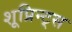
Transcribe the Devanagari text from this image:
शूप्रिन्ट्स